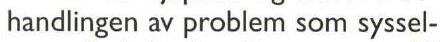
 handlingen av problem som syssel-